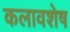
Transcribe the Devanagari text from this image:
कलावशेष